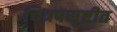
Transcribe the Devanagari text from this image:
चित्रपसृष्टीत